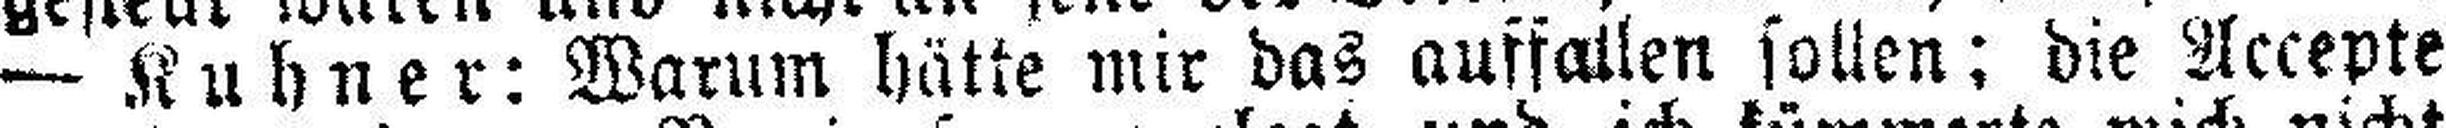
— Kuhner: Warum hätte mir das auffallen sollen; die Accepte